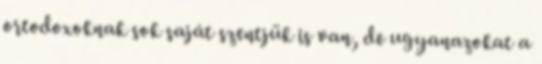
ortodoxoknak sok saját szentjük is van, de ugyanazokat a